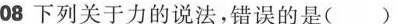
08下列关于力的说法，错误的是( )